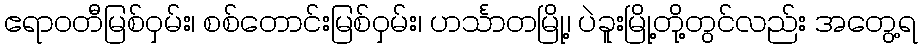
ဧရာဝတီမြစ်ဝှမ်း၊ စစ်တောင်းမြစ်ဝှမ်း၊ ဟင်္သာတမြို့၊ ပဲခူးမြို့တို့တွင်လည်း အတွေ့ရ